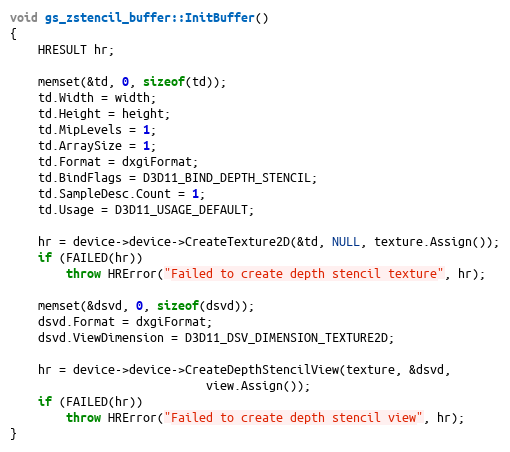
Language: C++
void gs_zstencil_buffer::InitBuffer()
{
	HRESULT hr;

	memset(&td, 0, sizeof(td));
	td.Width = width;
	td.Height = height;
	td.MipLevels = 1;
	td.ArraySize = 1;
	td.Format = dxgiFormat;
	td.BindFlags = D3D11_BIND_DEPTH_STENCIL;
	td.SampleDesc.Count = 1;
	td.Usage = D3D11_USAGE_DEFAULT;

	hr = device->device->CreateTexture2D(&td, NULL, texture.Assign());
	if (FAILED(hr))
		throw HRError("Failed to create depth stencil texture", hr);

	memset(&dsvd, 0, sizeof(dsvd));
	dsvd.Format = dxgiFormat;
	dsvd.ViewDimension = D3D11_DSV_DIMENSION_TEXTURE2D;

	hr = device->device->CreateDepthStencilView(texture, &dsvd,
						    view.Assign());
	if (FAILED(hr))
		throw HRError("Failed to create depth stencil view", hr);
}